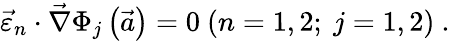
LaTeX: \vec{\varepsilon}_{n}\cdot\vec{\nabla}\Phi_{j}\left(\vec{a}\right)=0~(n=1,2;~j=1,2)\ .